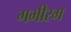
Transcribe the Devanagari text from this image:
गभीरम